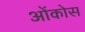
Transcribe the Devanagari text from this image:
ओंकोस